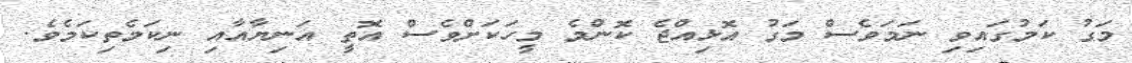
މަގު ކަމުގައިވި ނަމަވެސް މަގު އޮޅިއްޖެ ކޮންމެ މީހަކަށްވެސް އޮތީ އަނިޔާއާއި ނިކަމެތިކަމެވެ.